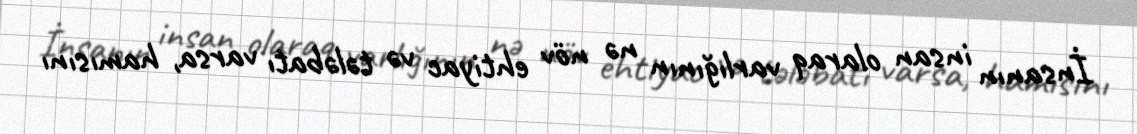
İnsanın insan olaraq varlığının nə növ ehtiyac və tələbatı varsa, hamısını